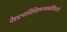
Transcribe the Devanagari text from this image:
देहप्रभाविजितमन्मथकोटिकान्तेः